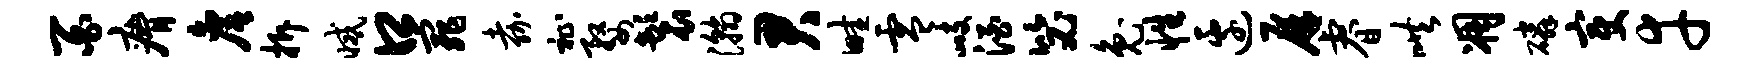
百瘠詹拆减口罪嘉祉婺鬟瀚君畦零峙酒毖兔性边屏睿哄凋磷变幸